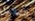
السلاسل